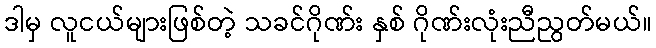
ဒါမှ လူငယ်များဖြစ်တဲ့ သခင်ဂိုဏ်း နှစ် ဂိုဏ်းလုံးညီညွတ်မယ်။